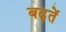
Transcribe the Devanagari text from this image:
बढ़तें